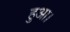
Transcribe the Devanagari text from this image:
हुअा।